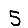
Digit: 5